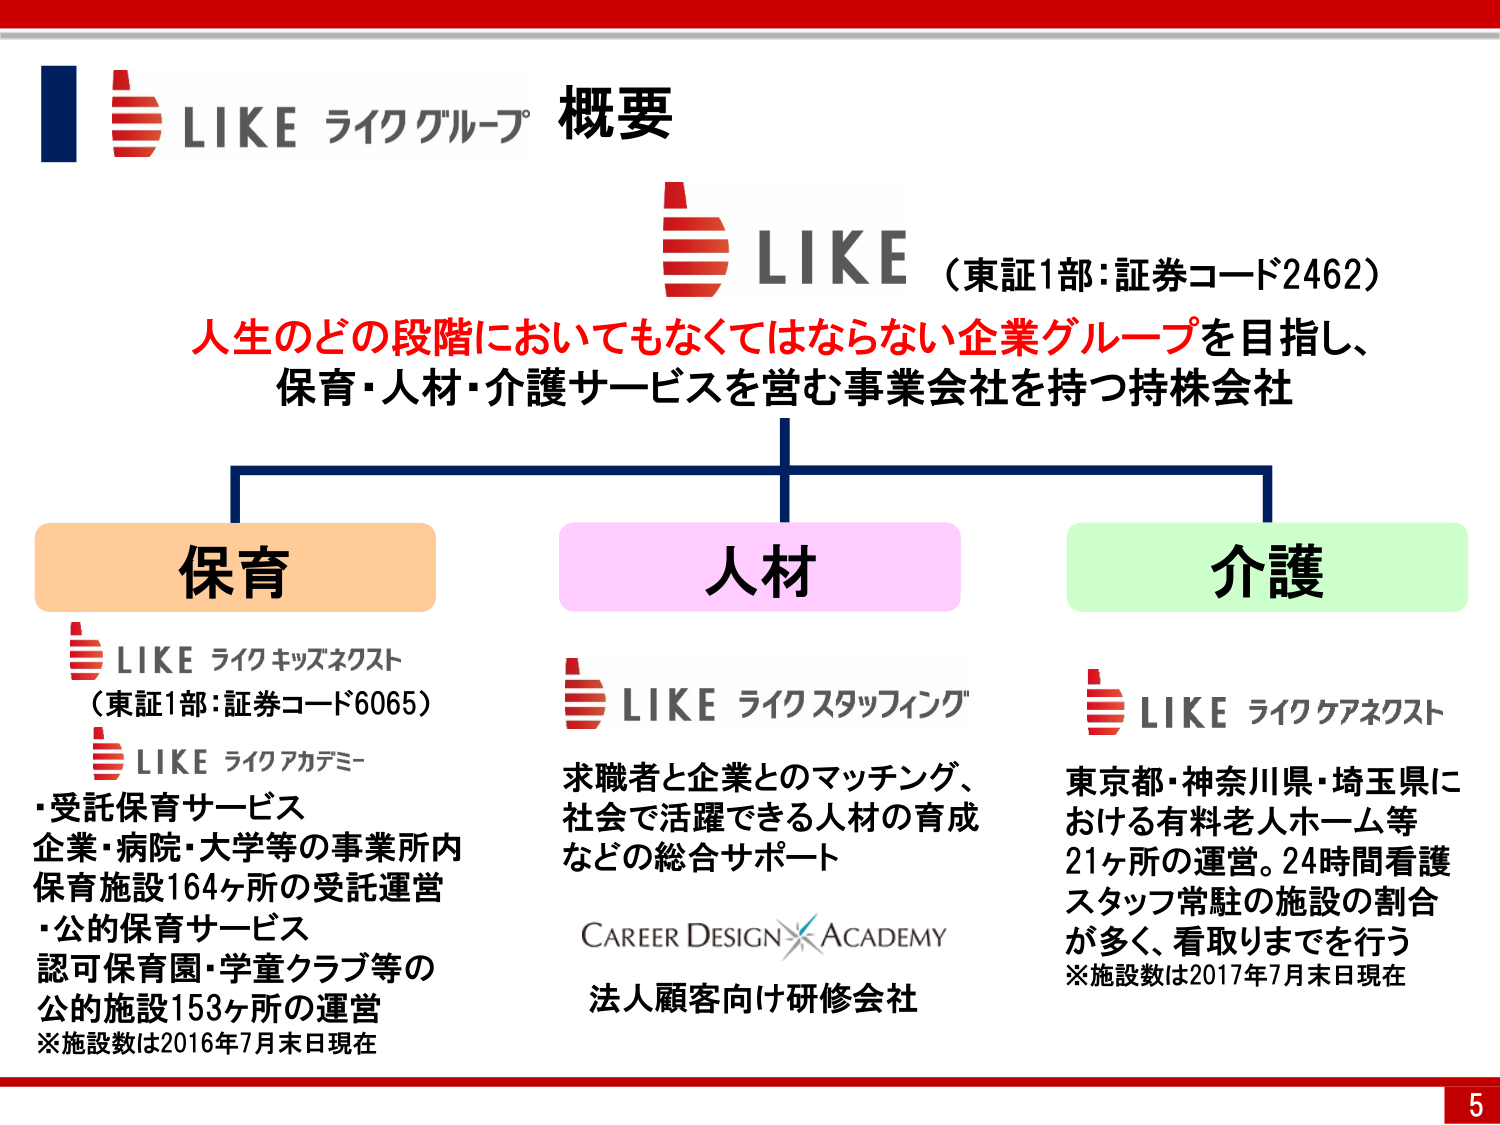
LIKE ライクグループ 概要

LIKE （東証1部:証券コード2462）
人生のどの段階においてもなくてはならない企業グループを目指し、
保育・人材・介護サービスを営む事業会社を持つ持株会社

保育
LIKE ライクキッズネクスト
（東証1部:証券コード6065）
LIKE ライクアカデミー
・受託保育サービス
企業・病院・大学等の事業所内
保育施設164ヶ所の受託運営
・公的保育サービス
認可保育園・学童クラブ等の
公的施設153ヶ所の運営
※施設数は2016年7月末日現在

人材
LIKE ライクスタッフィング
求職者と企業とのマッチング、
社会で活躍できる人材の育成
などの総合サポート
CAREER DESIGN ACADEMY
法人顧客向け研修会社

介護
LIKE ライクケアネクスト
東京都・神奈川県・埼玉県に
おける有料老人ホーム等
21ヶ所の運営。24時間看護
スタッフ常駐の施設の割合
が多く、看取りまでを行う
※施設数は2017年7月末日現在

5